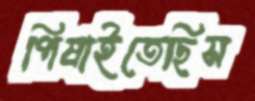
পিষাইতেছিস